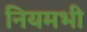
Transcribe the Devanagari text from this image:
नियमभी